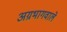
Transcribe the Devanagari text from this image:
अग्रभागवाले